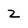
Character: z